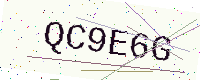
Text: QC9E6G